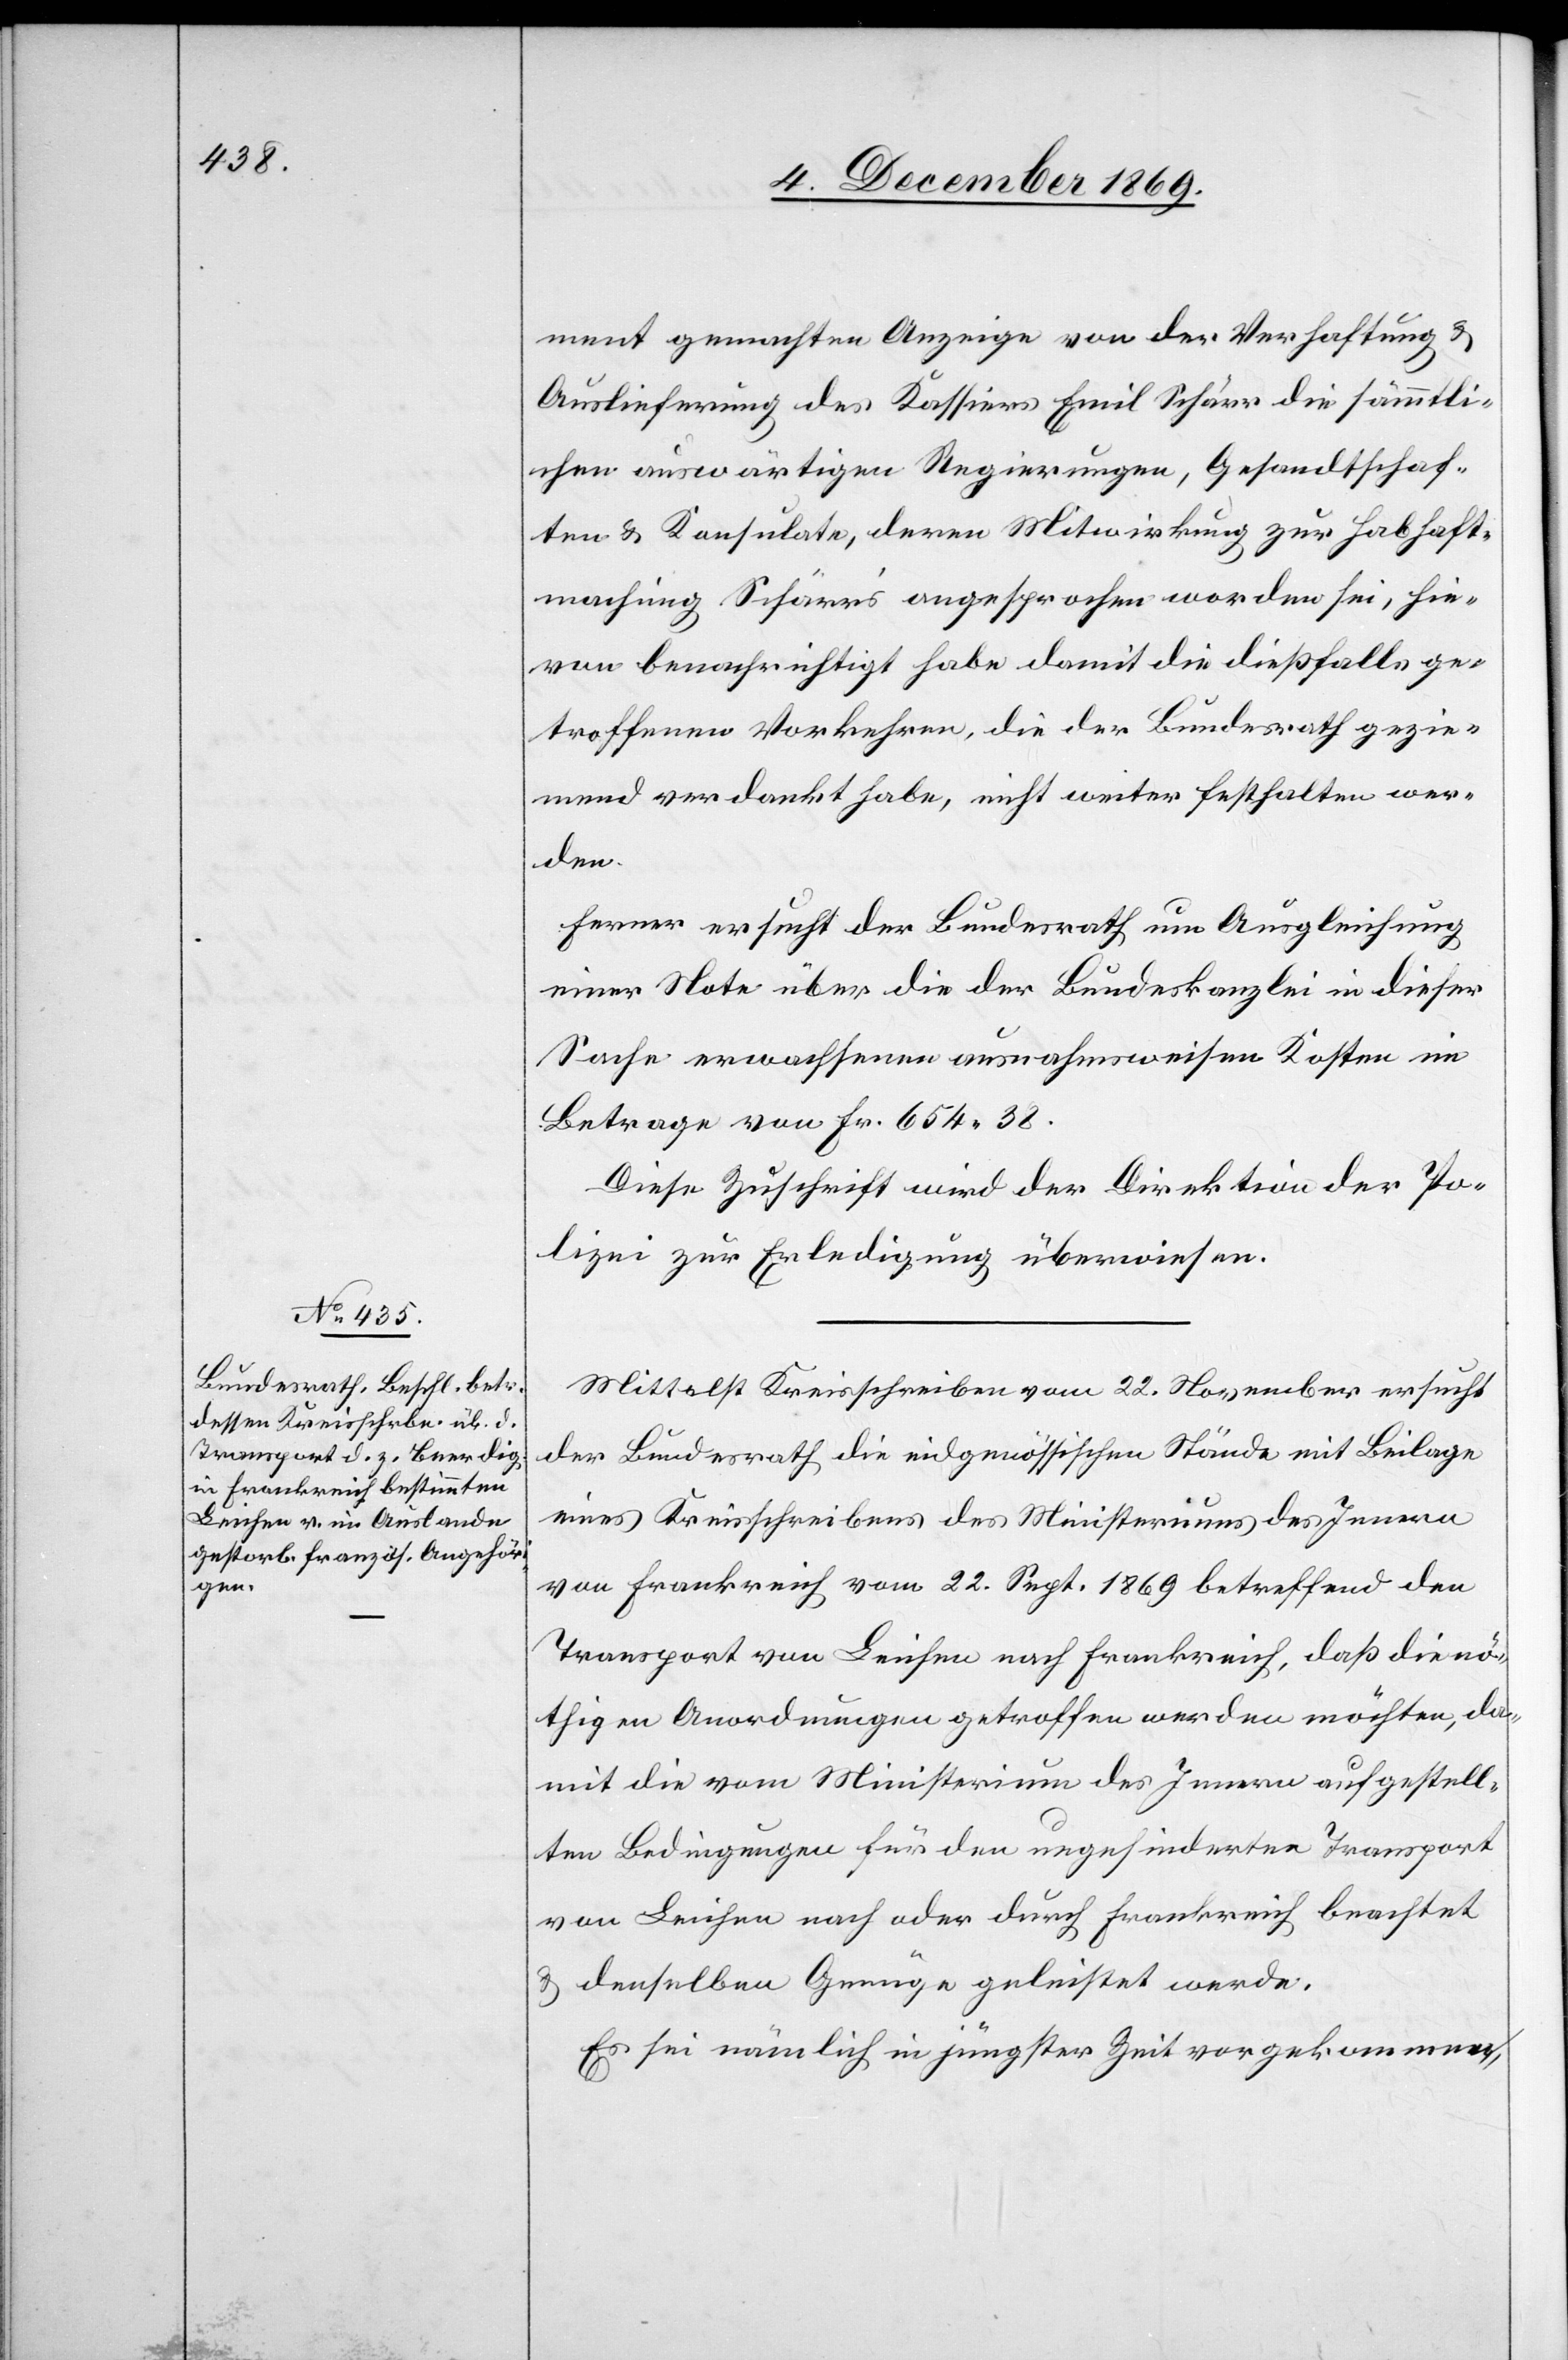
ment gemachten Anzeige von der Verhaftung &
Auslieferung des Kassiers Emil Schärr die sämmtli¬
chen auswärtigen Regierungen, Gesandtschaf¬
ten & Konsulate, deren Mitwirkung zur Habhaft¬
machung Schärr’s angesprochen worden sei, hie¬
von benachrichtigt habe damit die dießfalls ge¬
troffenen Vorkehren, die der Bundesrath gezie¬
mend verdankt habe, nicht weiter fest[ge]halten wer¬
den.
Ferner ersucht der Bundesrath um Ausgleichung
einer Note über die der Bundeskanzlei in dieser
Sache erwachsenen ausnahmsweisen Kosten im
Betrage von Fr. 654.38.
Diese Zuschrift wird der Direktion der Po¬
lizei zur Erledigung überwiesen.
Mittelst Kreisschreiben vom 22. November ersucht
der Bundesrath die eidgenössischen Stände mit Beilage
eines Kreisschreibens des Ministeriums des Innern
von Frankreich vom 22. Sept. 1869 betreffend den
Transport von Leichen nach Frankreich, daß die nö¬
thigen Anordnungen getroffen werden möchten, da¬
mit die vom Ministerium des Innern aufgestell¬
ten Bedingungen für den ungehinderten Transport
von Leichen nach oder durch Frankreich beachtet
& denselben Genüge geleistet werde.
Es sei nämlich in jüngster Zeit vorgekommen,